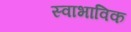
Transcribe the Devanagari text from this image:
स्‍वाभाविक